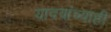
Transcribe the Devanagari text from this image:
यादवांच्याही